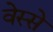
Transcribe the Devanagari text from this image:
वेस्से